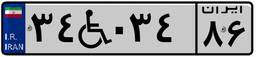
۳۴W۰۳۴۸۶